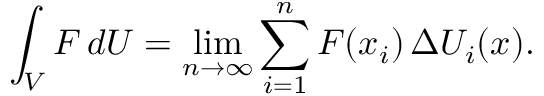
\int _ { V } F \, d U = \operatorname* { l i m } _ { n \rightarrow \infty } \sum _ { i = 1 } ^ { n } F ( x _ { i } ) \, \Delta U _ { i } ( x ) .